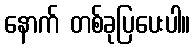
နောက် တစ်ခုပြပေးပါ။